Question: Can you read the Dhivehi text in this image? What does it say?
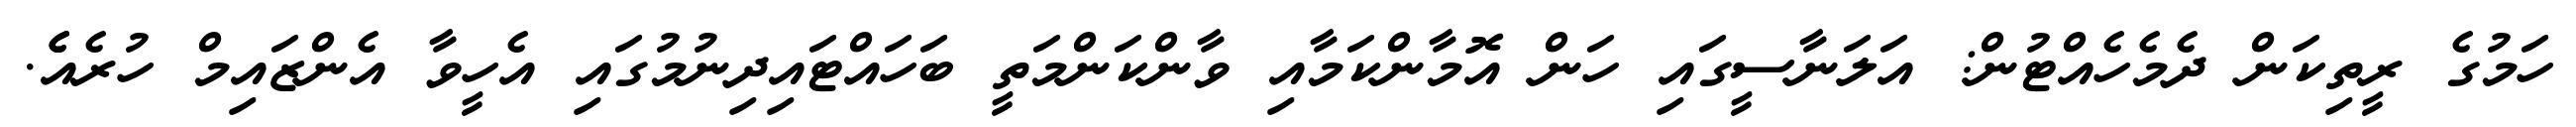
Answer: ހަމުގެ ރީތިކަން ދެމެހެއްޓުން: އަލަނާސީގައި ހަން އޮމާންކަމާއި ވާންކަންމަތީ ބަހައްޓައިދިނުމުގައި އެހީވާ އެންޒައިމް ހުރެއެެ.